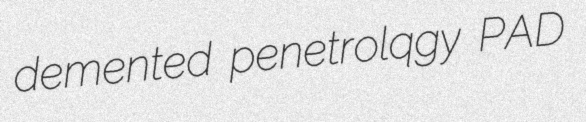
demented penetrolqgy PAD